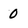
Character: 0